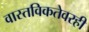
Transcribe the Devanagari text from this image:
वास्तविकतेवरही